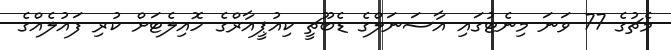
މެޗުގެ 77 ވަނަ މިނެޓުގައި އާސަނަލްގެ ޑެބޫޗީ ކިއުޕީއާރްގެ ހޮއިލެޓަށް ކުރި ފައުލެއްގެ